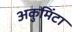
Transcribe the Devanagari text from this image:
अकुमिंटा